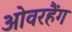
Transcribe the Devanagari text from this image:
ओवरहैंग